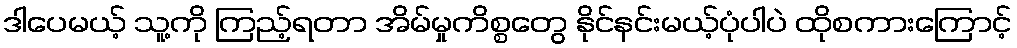
ဒါပေမယ့် သူ့ကို ကြည့်ရတာ အိမ်မှုကိစ္စတွေ နိုင်နင်းမယ့်ပုံပါပဲ ထိုစကားကြောင့်